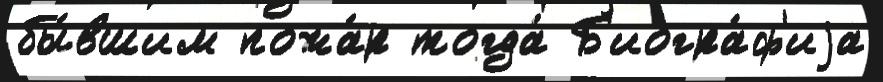
бы́вшим пожа́р тогда́ Б'иогра́ф'иjа